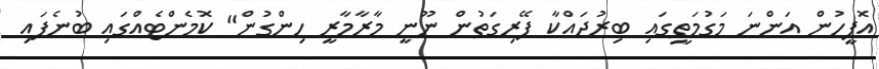
އޮފީހުން އަންނަ މަގުމަތީގައި ބިރުދައްކާ ފޭރިގަތުން ނޫނީ މާރާމާރީ ހިންގުން" ކޮމެންޓެއްގައި ބުނެފައި